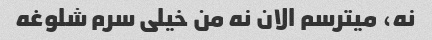
نه، میترسم الان نه من خیلی سرم شلوغه